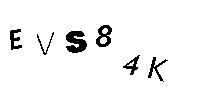
EVS84K